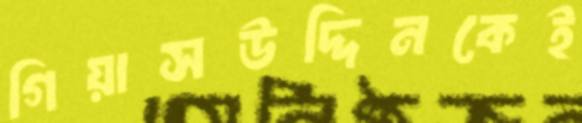
গিয়াসউদ্দিনকেই